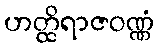
ဟတ္ထိရာဇဝဏ္ဏံ